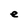
Character: e